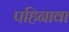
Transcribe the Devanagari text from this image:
पहिनावा